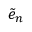
\tilde { e } _ { n }